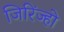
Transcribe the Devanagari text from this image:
जिरिंज्हो